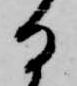
る